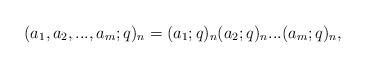
LaTeX: \begin{align*}(a_1, a_2,...,a_m;q)_n=(a_1;q)_n(a_2;q)_n ... (a_m;q)_n,\end{align*}